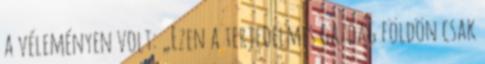
a véleményen volt: „Ezen a terjedelmes gazdag földön csak